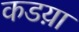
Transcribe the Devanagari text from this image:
कडय़ा